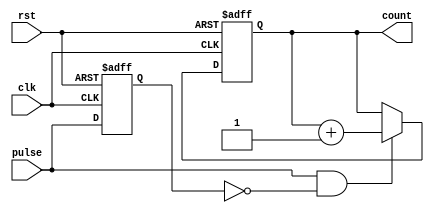
module pulse_counter (
    input wire clk,         // Primary clock signal
    input wire rst,         // Asynchronous reset signal
    input wire pulse,       // Pulse input for counting
    output reg [7:0] count  // 8-bit count output (can be adjusted)
);

    reg pulse_prev;         // Previous state of the pulse signal

    // Edge detection for rising edge of the pulse signal
    always @(posedge clk or posedge rst) begin
        if (rst) begin
            count <= 8'b0;  // Reset count to zero
            pulse_prev <= 1'b0; // Initialize previous pulse state
        end else begin
            // Detect rising edge
            if (pulse && !pulse_prev) begin
                count <= count + 1; // Increment count on rising edge
            end
            pulse_prev <= pulse; // Update previous pulse state
        end
    end

endmodule